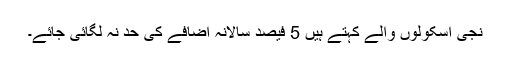
نجی اسکولوں والے کہتے ہیں 5 فیصد سالانہ اضافے کی حد نہ لگائی جائے۔